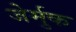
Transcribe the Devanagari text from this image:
जेर्मुक